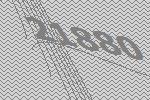
21880